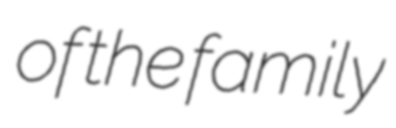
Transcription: of the family